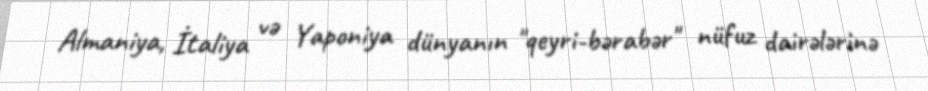
Almaniya, İtaliya və Yaponiya dünyanın "qeyri-bərabər" nüfuz dairələrinə